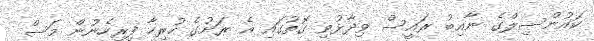
ކައުންސިލްގެ ނާއިބު ރައީސް ވިދާޅުވި ގޮތުގައި އެ ރަށުގެ ހުރިހާ ފިރިހެނުން މަސް